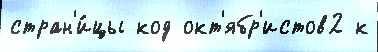
стран'и́цы код окт'ябр'истов2 к